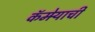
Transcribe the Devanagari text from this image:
कॅमेर्‍याची